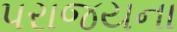
પરાજયના